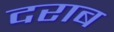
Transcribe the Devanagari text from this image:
दराब